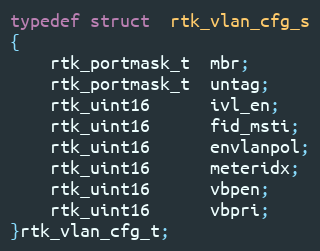
Language: C
typedef struct  rtk_vlan_cfg_s
{
    rtk_portmask_t  mbr;
    rtk_portmask_t  untag;
    rtk_uint16      ivl_en;
    rtk_uint16      fid_msti;
    rtk_uint16      envlanpol;
    rtk_uint16      meteridx;
    rtk_uint16      vbpen;
    rtk_uint16      vbpri;
}rtk_vlan_cfg_t;